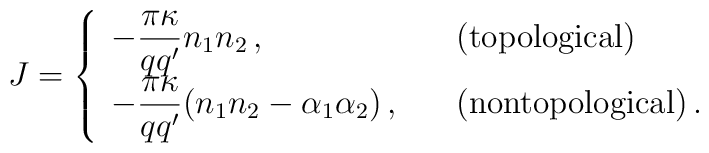
J=\left\{\begin{array}{ll}{\displaystyle       -\frac{\pi\kappa}{qq'}n_1n_2\,,}&\mbox{(topological)}\\      {\displaystyle -\frac{\pi\kappa}{qq'}(n_1n_2-\alpha_1\alpha_2)\,,}\ \ \ &            \mbox{(nontopological)}\,. \end{array} \right.